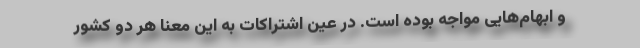
و ابهام‌هایی مواجه بوده است. در عین اشتراکات به این معنا هر دو کشور